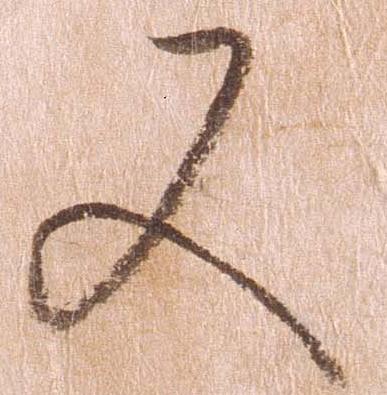
又